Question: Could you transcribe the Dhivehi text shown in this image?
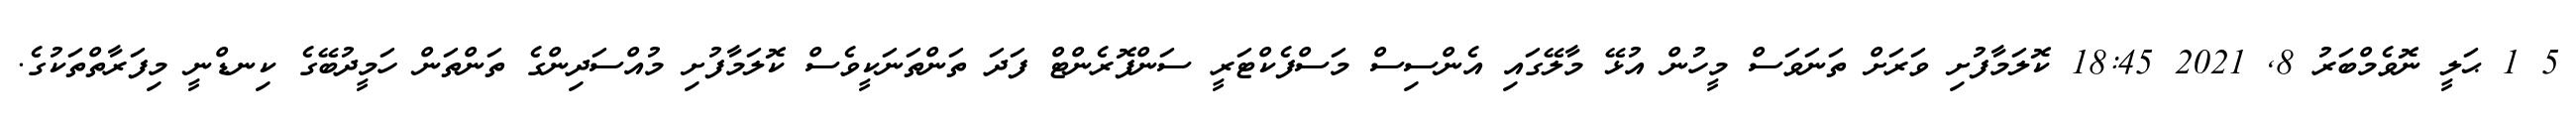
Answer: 5 1 ޙަލީ ނޮވެމްބަރު 8, 2021 18:45 ކޮލަމާފުށި ވަރަށް ތަނަވަސް މީހުން އުޅޭ މާލޭގައި އެންސިސް މަސްފެކްޓަރީ ސަންފޮރެންޓް ފަދަ ތަންތަނަކީވެސް ކޮލަމާފުށި މުއްސަދިންގެ ތަންތަން ހަމީދުބޭގެ ކިނޑްނީ މިފަރާތްތަކުގެ.